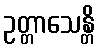
ဥတ္တာသေန္တိ